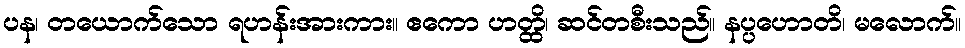
ပန၊ တယောက်သော ရဟန်းအားကား။ ဧကော ဟတ္ထိ၊ ဆင်တစီးသည်။ နပ္ပဟောတိ၊ မလောက်။